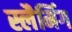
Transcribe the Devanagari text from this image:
स्लैमिंग